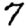
Digit: 7